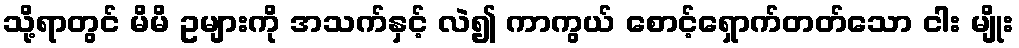
သို့ရာတွင် မိမိ ဥများကို အသက်နှင့် လဲ၍ ကာကွယ် စောင့်ရှောက်တတ်သော ငါး မျိုး